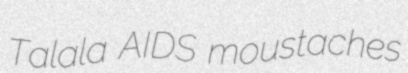
Talala AIDS moustaches